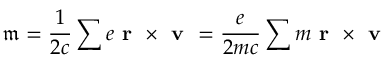
\mathfrak { m } = \frac { 1 } { 2 c } \sum e \textbf { r } \times \textbf { v } = \frac { e } { 2 m c } \sum m \textbf { r } \times \textbf { v }